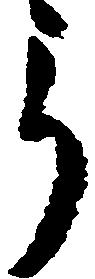
郎